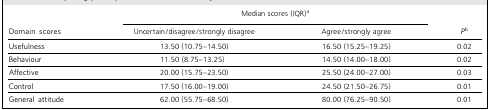
<table><thead><tr><td></td><td colspan="2"><b>Median scores (IQR)<sup>a</sup></b></td><td></td></tr><tr><td><b>Domain scores</b></td><td><b>Uncertain/disagree/strongly disagree</b></td><td><b>Agree/strongly agree</b></td><td><b><i>P</i><sup>b</sup></b></td></tr></thead><tbody><tr><td>Usefulness</td><td>13.50 (10.75-14.50)</td><td>16.50 (15.25-19.25)</td><td>0.02</td></tr><tr><td>Behaviour</td><td>11.50 (8.75-13.25)</td><td>14.50 (14.00-18.00)</td><td>0.02</td></tr><tr><td>Affective</td><td>20.00 (15.75-23.50)</td><td>25.50 (24.00-27.00)</td><td>0.03</td></tr><tr><td>Control</td><td>17.50 (16.00-19.00)</td><td>24.50 (21.50-26.75)</td><td>0.01</td></tr><tr><td>General attitude</td><td>62.00 (55.75-68.50)</td><td>80.00 (76.25-90.50)</td><td>0.01</td></tr></tbody></table>